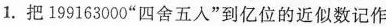
1.把199163000”四舍五入”到亿位的近似数记作